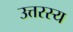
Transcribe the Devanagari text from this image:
उत्तरस्य